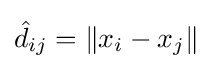
{\hat {d}}_{ij}=\|x_{i}-x_{j}\|